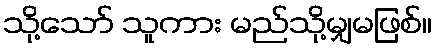
သို့သော် သူကား မည်သို့မျှမဖြစ်။